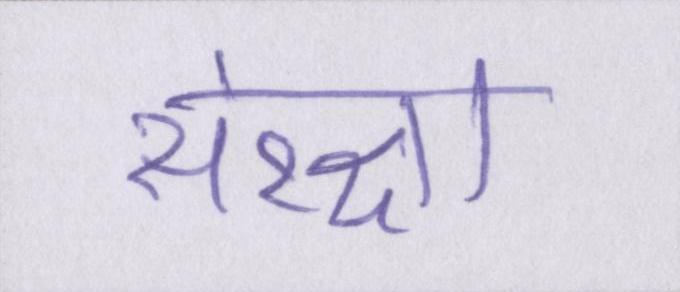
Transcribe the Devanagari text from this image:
संरक्षा